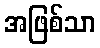
အဖြစ်သာ